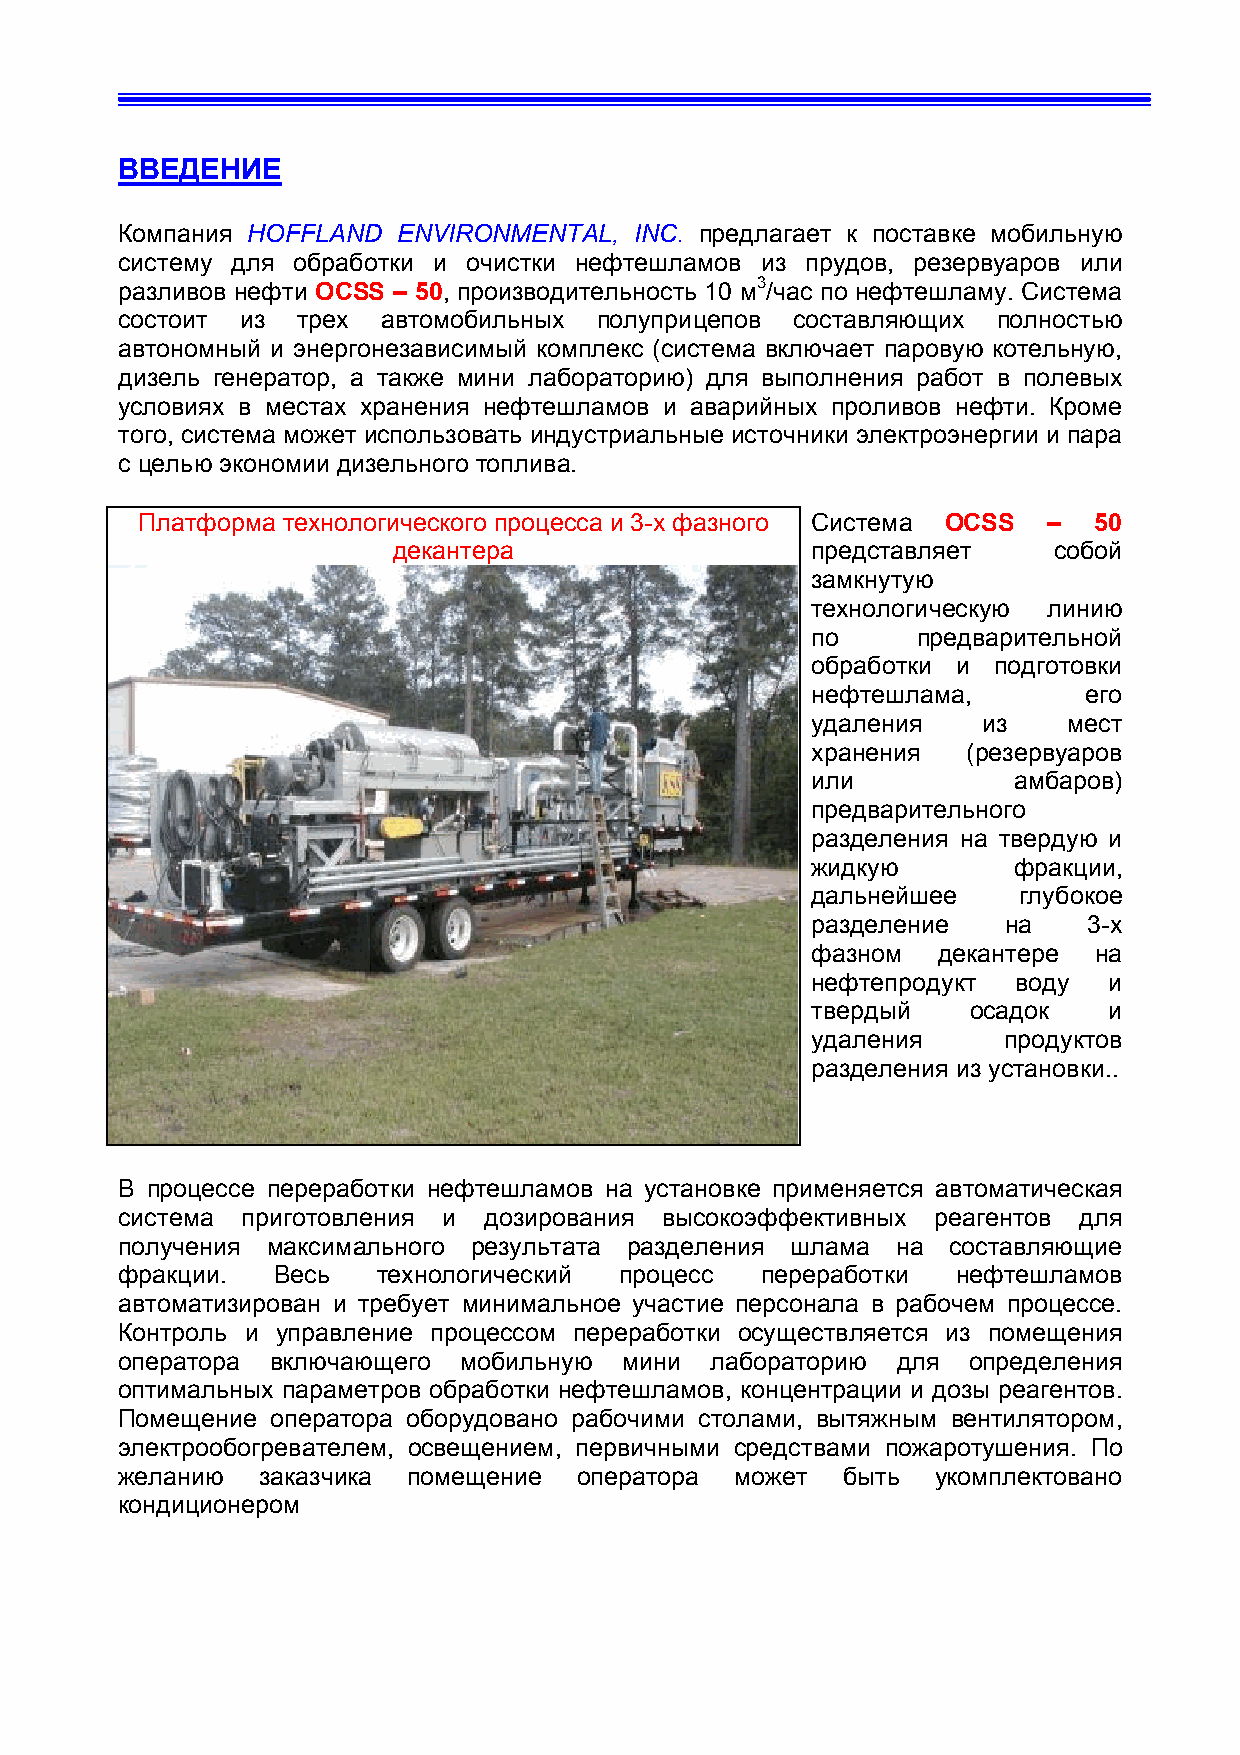
ВВЕДЕНИЕ
 Компания HOFFLAND ENVIRONMENTAL,  INC. предлагает к поставке мобильную
 систему для обработки и очистки нефтешламов из прудов, резервуаров или
 разливов нефти OCSS – 50, производительность 10 м3/час по нефтешламу. Система
 состоит из  трех автомобильных полуприцепов  составляющих полностью
 автономный и энергонезависимый комплекс (система включает паровую котельную,
 дизель генератор, а также мини лабораторию) для выполнения работ в полевых
 условиях в местах хранения нефтешламов и аварийных проливов нефти. Кроме
 того, система может использовать индустриальные источники электроэнергии и пара
 с целью экономии дизельного топлива.
 Платформа технологического процесса и 3-х фазного Система OCSS – 50
 декантера                   представляет    собой
 замкнутую
 технологическую линию
 по     предварительной
 обработки и подготовки
 нефтешлама,       его
 удаления   из    мест
 хранения  (резервуаров
 или          амбаров)
 предварительного
 разделения на твердую и
 жидкую       фракции,
 дальнейшее   глубокое
 разделение  на    3-х
 фазном  декантере на
 нефтепродукт воду  и
 твердый   осадок   и
 удаления    продуктов
 разделения из установки..
 В процессе переработки нефтешламов на установке применяется автоматическая
 система приготовления и дозирования высокоэффективных реагентов для
 получения максимального результата разделения шлама на составляющие
 фракции.  Весь   технологический процесс  переработки  нефтешламов
 автоматизирован и требует минимальное участие персонала в рабочем процессе.
 Контроль и управление процессом переработки осуществляется из помещения
 оператора включающего мобильную  мини  лабораторию для  определения
 оптимальных параметров обработки нефтешламов, концентрации и дозы реагентов.
 Помещение оператора оборудовано рабочими столами, вытяжным вентилятором,
 электрообогревателем, освещением, первичными средствами пожаротушения. По
 желанию  заказчика помещение  оператора  может  быть  укомплектовано
 кондиционером